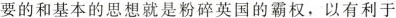
要的和基本的思想就是粉碎英国的霸权，以有利于